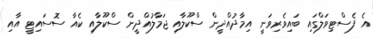
އެ ފެސްޓިވަލްގަައި ބައިވެރިވަނީ އިމާދުއްދީން ސްކޫލާއި ޖަމާލުއްދީން ސްކޫލާއި ކެއާ ސޮސައިޓީ އާއި